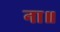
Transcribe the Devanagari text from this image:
ना॥